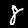
Label: 8